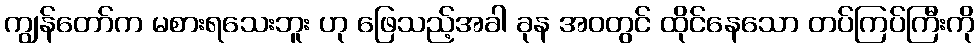
ကျွန်တော်က မစားရသေးဘူး ဟု ဖြေသည့်အခါ ခုန အဝတွင် ထိုင်နေသော တပ်ကြပ်ကြီးကို